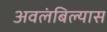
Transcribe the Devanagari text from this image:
अवलंबिल्यास